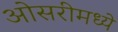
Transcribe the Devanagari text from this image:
ओसरीमध्ये